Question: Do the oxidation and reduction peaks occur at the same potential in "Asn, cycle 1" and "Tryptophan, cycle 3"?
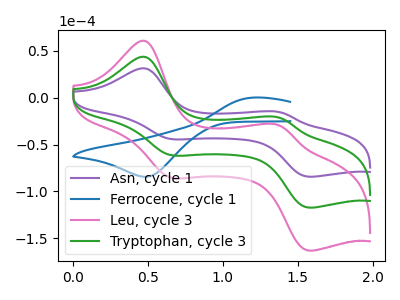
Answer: <think>The purple curve "Asn, cycle 1" has anodic peaks at (0.50V, 31.30uA) (1.35V, -15.15uA) and cathodic peaks at (0.65V, -44.20uA) (1.55V, -84.20uA). The blue curve "Ferrocene, cycle 1" has an anodic peak at (1.20V, 0.25uA) and a cathodic peak at (0.50V, -84.30uA). The pink curve "Leu, cycle 3" has anodic peaks at (0.50V, 87.05uA) (1.35V, -42.15uA) and cathodic peaks at (0.65V, -123.05uA) (1.55V, -234.30uA). The green curve "Tryptophan, cycle 3" has anodic peaks at (0.50V, 43.55uA) (1.35V, -21.10uA) and cathodic peaks at (0.65V, -61.50uA) (1.55V, -117.15uA).</think>
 <answer>Yes, "Asn, cycle 1" have a peak in "Tryptophan, cycle 3" at the same potential.</answer>
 <eval>match</eval>